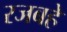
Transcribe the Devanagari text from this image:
रजबहे